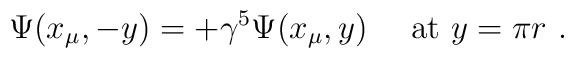
\Psi (x_\mu , -y) = +\gamma^5 \Psi (x_\mu , y)~~~~\mbox{at $y=\pi	r$}~.